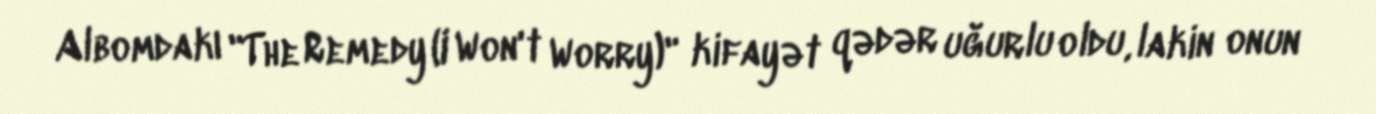
Albomdakı "The Remedy (I Won't Worry)" kifayət qədər uğurlu oldu, lakin onun